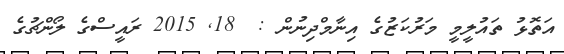
އަތޮޅު ތައުލީމީ މަރުކަޒުގެ އިނާމްދިނުން :  18